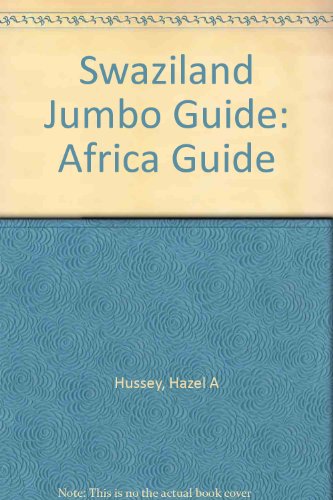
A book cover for Swaziland Jumbo Guide: Africa Guide; Hazel A Hussey; Travel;